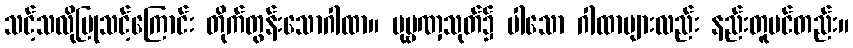
သင့်သလိုပြုသင့်ကြောင်း တိုက်တွန်းသောဂါထာ။ ပုဗ္ဗဏှသုတ်၌ ပါသော ဂါထာများလည်း နည်းတူပင်တည်း။